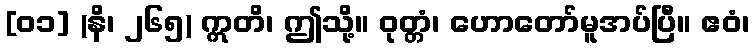
[၀၁] (နိ၊ ၂၆၅) ဣတိ၊ ဤသို့။ ဝုတ္တံ၊ ဟောတော်မူအပ်ပြီ။ ဧဝံ၊